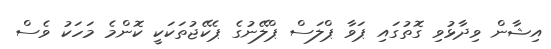
އިޝާން ވިދާޅުވި ގޮތުގައި ޕަވާ ޕްލަސް ޕްލޭނުގެ ޕެކޭޖުތަކަކީ ކޮންމެ މަހަކު ވެސް